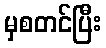
မှစတင်ပြီး